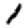
Digit: 1